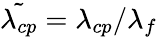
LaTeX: \tilde{\lambda_{cp}}=\lambda_{cp}/\lambda_{f}